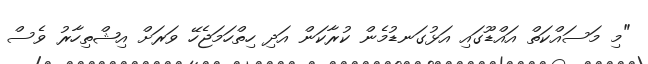
"މި މަސައްކަތް އައްޑޫގައި އަޅުގަނޑުމެން ކުރާކަން އަދި ހިތްހަމަޖެހޭ ވަރަށް އިޝްތިހާރު ވެސް